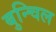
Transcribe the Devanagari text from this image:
बुन्चिल